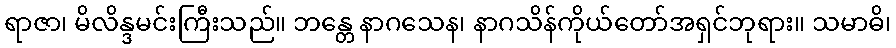
ရာဇာ၊ မိလိန္ဒမင်းကြီးသည်။ ဘန္တေ နာဂသေန၊ နာဂသိန်ကိုယ်တော်အရှင်ဘုရား။ သမာဓိ၊